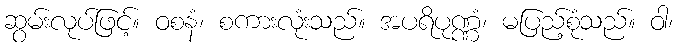
ဆွမ်းလုပ်ဖြင့်။ ဝစနံ၊ စကားလုံးသည်။ အပရိပုဏ္ဏံ၊ မပြည့်စုံသည်။ ဝါ၊